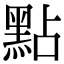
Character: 點